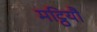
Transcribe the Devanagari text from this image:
मट्ठियौ